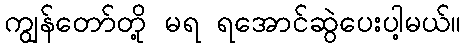
ကျွန်တော်တို့ မရ ရအောင်ဆွဲပေးပါ့မယ်။